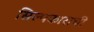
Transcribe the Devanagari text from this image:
सिल्पकाराची